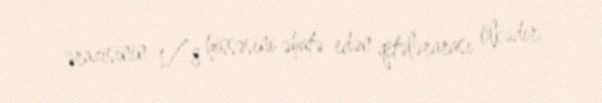
ərazisinin 1⁄8 hissəsini əhatə edən qitələrarası ölkədir.